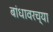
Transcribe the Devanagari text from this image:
बांधावरच्या